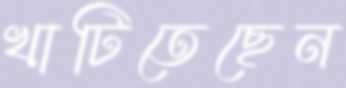
খাটিতেছেন